Report on horse surra - Volume I
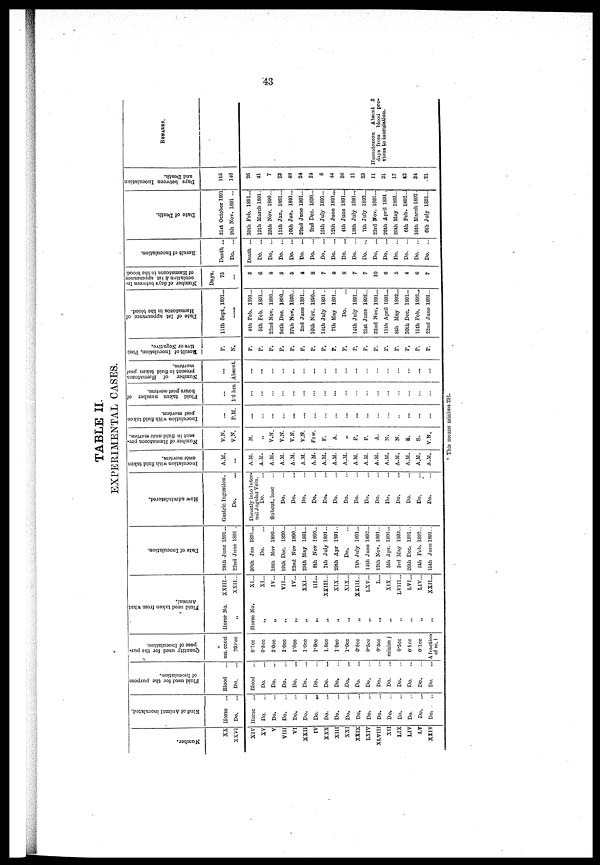
43
TABLE II.
EXPERIMENTAL CASES.
Number.
XX
XXVI
XIV
XV
V
VIII
VI
XXII
IV
XXX
XIII
XXI
XXIX
LXIV
XLVIII
XII
LIX
LIV
LV
XXIV
Kind of Animal inoculated.
Horse
...
Do. ...
Horse ...
Do.
Do.
Do.
Do.
Do.
Do.
Do.
Do.
Do.
Do.
Do. ...
Do. ...
Do. ...
Do. ...
Do. ...
Do.
...
Do. ...
Fluid used for the purpose
of Inoculation.
Blood
Do.
Blood
Do.
Do.
Do.
Do.
Do.
Do.
Do.
Do.
Do.
Do.
Do.
Do.
Do.
Do.
Do.
Do.
...
Do.
Quantity used for the pur.
pose of Inoculation.
*
ms. ccxel
200.cc
0.7cc
0.8cc
3.0cc
1.0cc
1.0cc
1.0cc
1.0cc
1.0cc
1.0cc
1.0cc
0.8cc
0.5cc
0.5cc
minim j
0.5cc
0.1cc
0.1cc
A fraction
of m. i
Fluid used taken from what
Animal.
Horse No.
„
Horse No.
„
„
„
„
„
„
„
„
„
„
„
„
„
„
„
„
„
XXIH...
XXII...
XI...
XI...
IV...
VII...
IV...
XXI...
III...
xxiii...
XIX...
XIX...
XXIII...
LXV...
L...
XIX...
LVIII...
LVI...
LIV...
XXII...
Date of Inoculation.
28th June 1891...
22nd June 1891 .
30th Jan 1891...
Do.
18th Nov 1800...
19th Dec. 1890...
22nd Nov 1890...
29th May 1891...
8th Nov 1890...
7th July 1891..
29th Apr 1891..
Do.
7th July 1891...
14th June 1892...
12th Nov. 1891...
5th Apr. 1891...
3rd May. 1892...
26th Dec. 1891..
5th Feb. 1892...
15th June 1891..
How administered.
Gastric Ingestion.
Do.
Directly into Inter-
nal Jugular Vein.
Do.
Subcut. inoc...
Do.
Do.
Do.
Do.
Do.
Do.
Do.
Do.
Do.
Do.
Do.
Do.
Do.
Do.
Do.
Inoculation with fluid taken
ante mortem.
A.M.
...
A.M.
A.M.
A.M.
A.M.
A.M.
A.M.
A.M.
A.M.
A.M.
A.M.
A.M.
A.M.
A.M.
A.M.
A.M.
A.M.
A.M.
A.M.
Number of Hæmatozoa
pre-
sent in fluid ante mortem.
V.N.
V.N.
N.
„
V.N.
V.N.
V.N.
V.N.
Few.
F.
A.
„
F.
F.
A.
N.
N.
8.
S.
V.N.
Inoculation with fluid taken
post mortem.
...
P.M.
...
...
...
...
...
...
...
...
...
...
...
...
...
...
..
...
—
...
Fluid taken number of
hours post mortem.
...
1.6 hrs.
...
...
...
...
...
...
...
...
...
...
...
Number of Hæmatozoa
present in fluid taken post
mortem.
...
Absent.
...
...
...
...
...
...
...
...
...
...
...
...
...
Result of Inoculation, Posi-
tive or Negative.
P.
N.
P.
P.
P.
P.
P.
P.
P.
P.
P.
P.
P.
P.
P.
P.
P.
P.
P.
P.
Date of 1st appearance of
Hæmatozoa
in the blood.
11th Sept. 1891...
4th Feb. 1S91...
5th Feb. 1891...
22nd Nov. 1890...
24th Dec. 1890...
27th Nov. 1890...
2nd June 1891...
16th NOV. 1890...
14th July 1891..
7th May 1891...
Do.
14th July 1891...
21st June 1892...
22nd Nov. 1891...
11th April 1891...
8th May 1892...
30th Dec. 1891...
11th Feb. 1892...
22nd June 1891...
Number of days between In-
oculation & 1st appearance
of Hæmatozoa
in the blood.
Days.
75
...
5
6.
4
5
5
4
8
7
8
8
7
7
10
6
5
4
6
7
Result of Inoculation.
Death ...
Do.
...
Death ...
Do.
...
Do. ...
Do.
...
Do.
...
Do.
...
Do.
...
Do.
...
Do.
...
Do.
...
Do.
...
Do.
...
Do.
...
Do.
...
Do.
...
Do.
...
Do.
...
Do.
...
Date of Death.
21st October 1891
9th Nov. 1891 ...
25th Feb. 1891...
12th March 1891.
25th Nov. 1890...
11th Jan. 1891...
10th Jan. 1891...
22nd June 1891...
2nd Dec. 1890...
15th July 1891...
12th June 1891...
4th June 1891...
18th July 1891...
7th July 1892...
23rd Nov. 1891...
26th April 1891.
20th May 1892...
6th Feb. 1892...
10th March 1892.
6th July 1891...
Days between Inoculation
and Death.
115
140
26
41
7
23
49
24
21
8
44
36
11
23
11
21
17
43
34
21
REMARKS.
Hæmatozoon
Absent 3
days from blood pre-
vious to inoculation.
* This means minims 291.